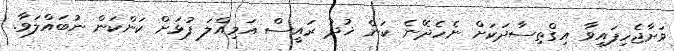
ވަށާޖެހިފައިވާ އިގްތިސާދަކަށް ނެހެދޭނެ ކަން ޚުދު ރައީސް އަމިއްލަ ފުޅަށް ކަންކަން ނުބައްލަވާ.